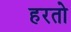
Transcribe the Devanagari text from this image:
हरतो